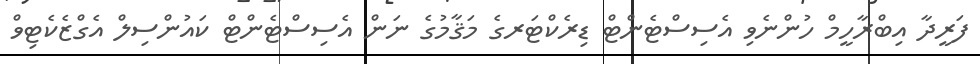
ފަރީދާ އިބްރާހީމް ހުންނެވި އެސިސްޓެންޓް ޑިރެކްޓަރގެ މަޤާމުގެ ނަން އެސިސްޓެންޓް ކައުންސިލް އެގްޒެކެޓިވް